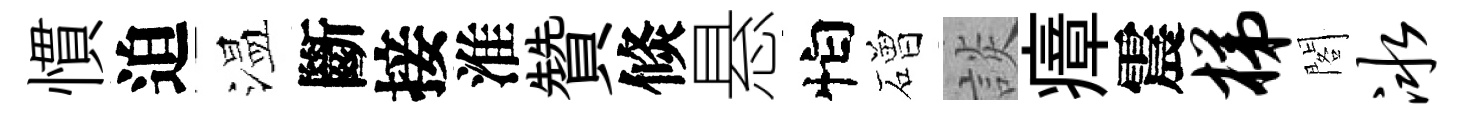
慣迫温斷接淮贊倐悬怕磳談瘴震梯閣冰